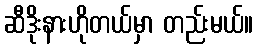
ဆီဒိုးနားဟိုတယ်မှာ တည်းမယ်။